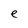
Character: e